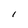
Character: 1